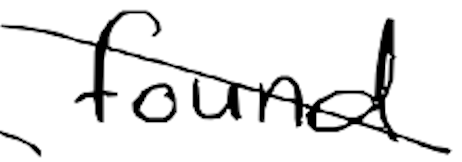
Text: found
Cross-out: diagonal
Writing tool: digital_black